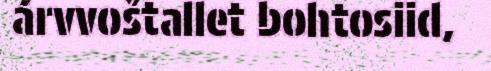
árvvoštallet bohtosiid,